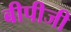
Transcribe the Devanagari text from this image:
बीपीजी